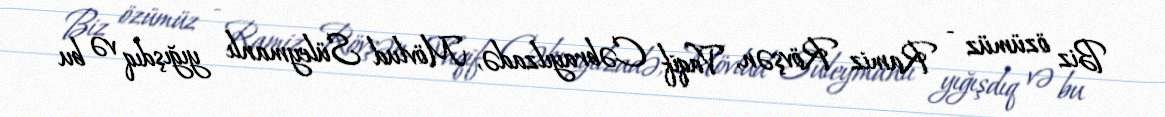
Biz özümüz - Ramiz Rövşən, Vaqif Cəbrayılzadə, Mövlud Süleymanlı yığışdıq və bu